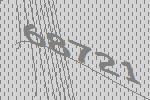
68721